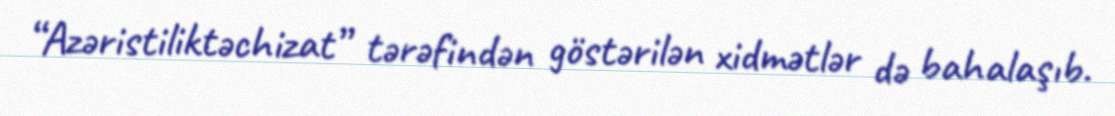
“Azəristiliktəchizat” tərəfindən göstərilən xidmətlər də bahalaşıb.